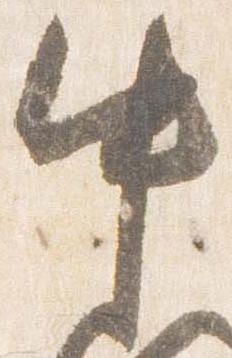
中